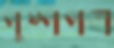
পুষ্পপত্র